Vaccination in the Punjab 1883-1896 - 1883-1896
Year: 1883
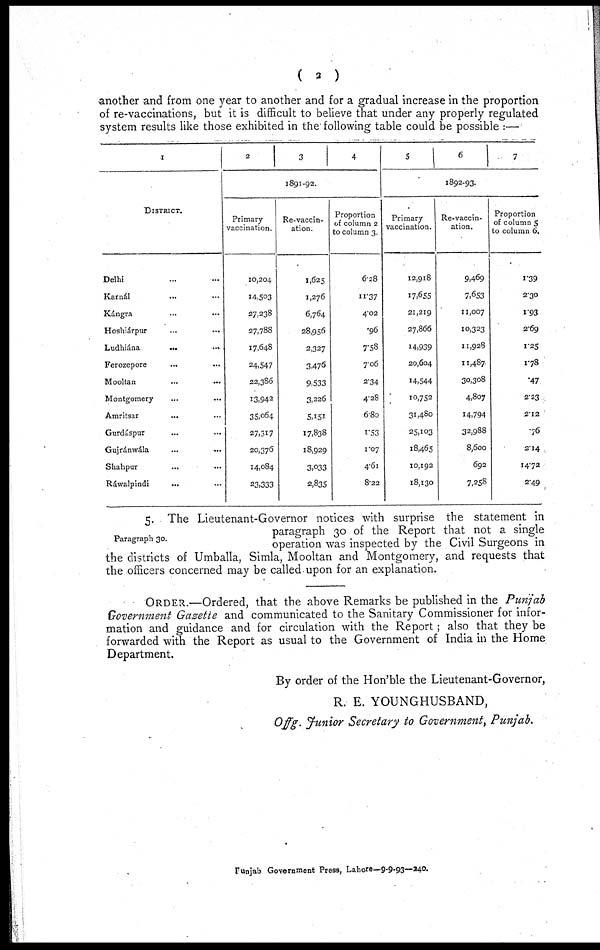
( 2 )
another and from one year to another and for a gradual increase in the proportion
of re-vaccinations, but it is difficult to believe that under any properly regulated
system results like those exhibited in the following table could be possible :—
1
DISTRICT.
Delhi ... ...
Karnál ... ...
Kángra ... ...
Hoshiárpur ... ...
Ludhiána
...
...
Ferozepore ... ...
Mooltan ... ...
Montgomery ... ...
Amritsar ... ...
Gurdáspur ... ...
Gujránwála ... ...
Shahpur ... ...
Ráwalpindi ... ...
2
3
4
1891-92.
Primary
vaccination.
10,204
14,503
27,238
27,788
17,648
24,547
22,386
13,942
35,064
27,317
20,376
14,084
23,333
Re-vaccin-
ation.
1,625
1,276
6,764
28,956
2,327
3,476
9,533
3,226
5,151
17,838
18,929
3,033
2,835
Proportion
of column 2
to column 3.
6.28
11.37
4.02
.96
7.58
7.06
2.34
4.28
6.80
1.53
1.07
4.61
8.22
5
6 7
1892-93.
Primary
vaccination.
12,918
17,655
21,219
27,866
14,939
20,604
14,544
10,752
31,480
25,103
18,465
10,192
18,130
Re-vaccin-
ation.
9,469
7,653
11,007
10,323
11,928
11,487
30,308
4,807
14,794
32,988
8,600
692
7,258
Proportion
of column 5
to column 6.
1.39
2.30
1.93
2.69
1.25
1.78
.47
2.23
2.12
.76
2.14
14.72
2.49
Paragraph 30.
5. The Lieutenant-Governor notices with surprise the statement in
paragraph 30 of the Report that not a single
operation was inspected by the Civil Surgeons in
the districts of Umballa, Simla, Mooltan and Montgomery, and requests that
the officers concerned may be called upon for an explanation.
ORDER.—Ordered, that the above Remarks be published in the Punjab
Government Gazette and communicated to the Sanitary Commissioner for infor-
mation and guidance and for circulation with the Report; also that they be
forwarded with the Report as usual to the Government of India in the Home
Department.
By order of the Hon'ble the Lieutenant-Governor,
R. E. YOUNGHUSBAND,
Offg. Junior Secretary to Government, Punjab.
Punjab Government Press, Lahore—9-9-93—240.